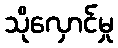
သိုလှောင်မှု